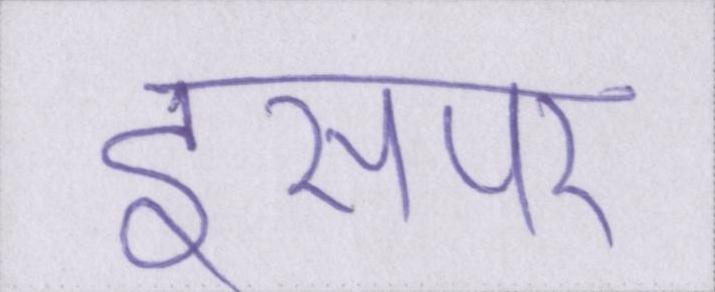
इसपर